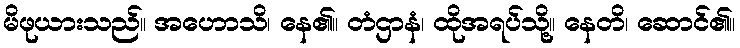
မိဖုယားသည်။ အဟောသိ၊ နေ၏။ တံဌာနံ၊ ထိုအရပ်သို့။ နေတိ၊ ဆောင်၏။